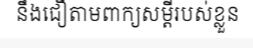
នឹងជឿតាមពាក្យសម្តីរបស់ខ្លួន